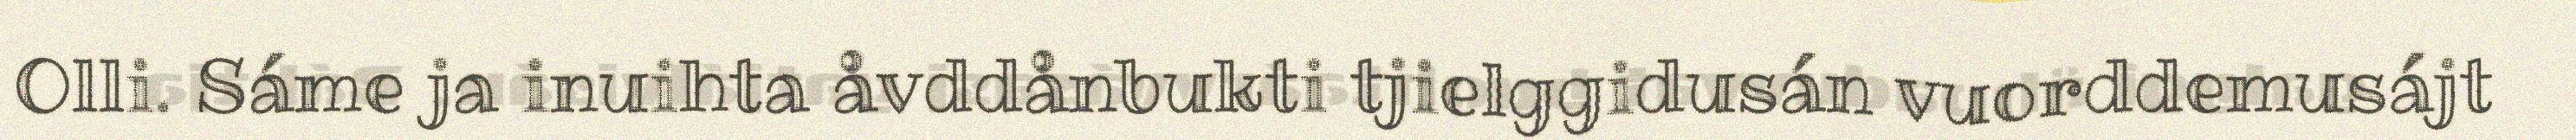
Olli. Sáme ja inuihta åvddånbukti tjielggidusán vuorddemusájt